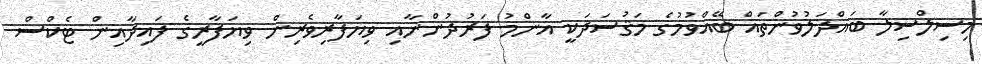
މިސިލްސިލާ ބައްދަލުވުންތައް ބޭއްވުމުގެ މަޤުސަދަކީ އާންމު ފަރުދުންނާއި ވިޔަފާރިވެރިން ވިޔަފާރީގެ ފައިދާއިން ޓެކްސް